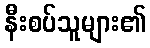
နီးစပ်သူများ၏